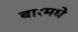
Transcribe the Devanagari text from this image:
बारमधे